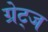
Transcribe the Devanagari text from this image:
ग्रेट्ज